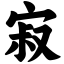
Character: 寂